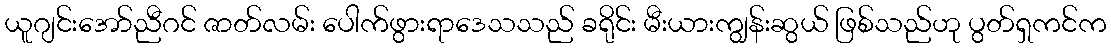
ယူဂျင်းအော်ညီဂင် ဇာတ်လမ်း ပေါက်ဖွားရာဒေသသည် ခရိုင်း မီးယားကျွန်းဆွယ် ဖြစ်သည်ဟု ပွတ်ရှကင်က